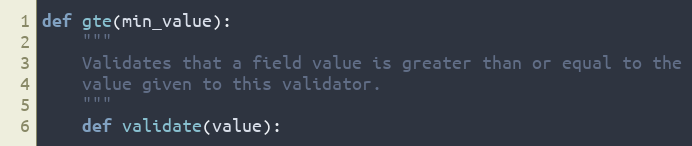
Language: Python
def gte(min_value):
    """
    Validates that a field value is greater than or equal to the
    value given to this validator.
    """
    def validate(value):